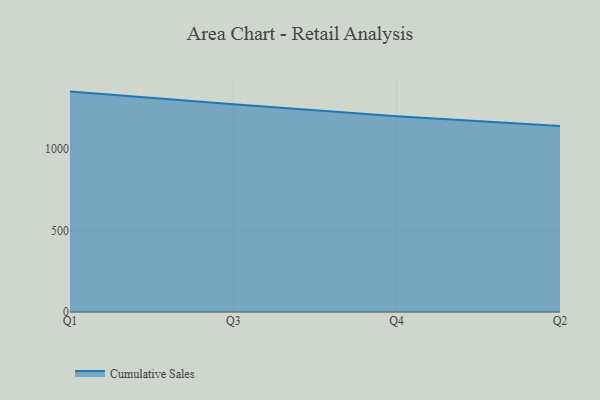
{"axis": {"x": "Quarter", "y": "Waste Production (Tons)"}, "legend": ["Cumulative Sales"], "data": [{"x": "Q1", "y": 1349.7, "type": "Cumulative Sales"}, {"x": "Q3", "y": 1271.6, "type": "Cumulative Sales"}, {"x": "Q4", "y": 1198.4, "type": "Cumulative Sales"}, {"x": "Q2", "y": 1139.8, "type": "Cumulative Sales"}]}